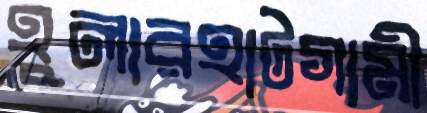
হুলারহাটগামী